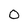
Character: 0